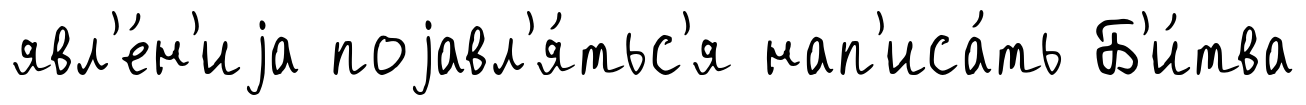
явл'е́н'иjа поjавл'я́тьс'я нап'иса́ть Б'и́тва